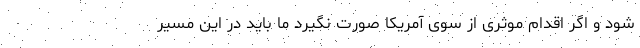
شود و اگر اقدام موثری از سوی آمریکا صورت نگیرد ما باید در این مسیر